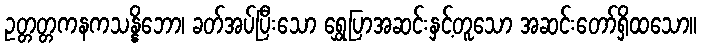
ဥတ္တတ္တကနကသန္နိဘော၊ ခတ်အပ်ပြီးသော ရွှေပြာအဆင်းနှင့်တူသော အဆင်းတော်ရှိထသော။